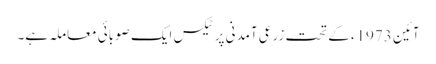
آئین 1973ء کے تحت زرعی آمدنی پر ٹیکس ایک صوبائی معاملہ ہے۔